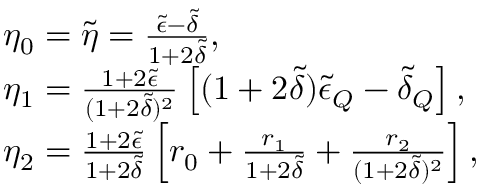
\begin{array} { r l } & { \eta _ { 0 } = \tilde { \eta } = \frac { \tilde { \epsilon } - \tilde { \delta } } { 1 + 2 \tilde { \delta } } , } \\ & { \eta _ { 1 } = \frac { 1 + 2 \tilde { \epsilon } } { ( 1 + 2 \tilde { \delta } ) ^ { 2 } } \left[ ( 1 + 2 \tilde { \delta } ) \tilde { \epsilon } _ { Q } - \tilde { \delta } _ { Q } \right] , } \\ & { \eta _ { 2 } = \frac { 1 + 2 \tilde { \epsilon } } { 1 + 2 \tilde { \delta } } \left[ r _ { 0 } + \frac { r _ { 1 } } { 1 + 2 \tilde { \delta } } + \frac { r _ { 2 } } { ( 1 + 2 \tilde { \delta } ) ^ { 2 } } \right] , } \end{array}